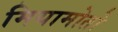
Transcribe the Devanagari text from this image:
मियामोतो